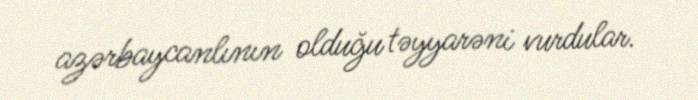
azərbaycanlının olduğu təyyarəni vurdular.